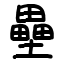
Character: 壘